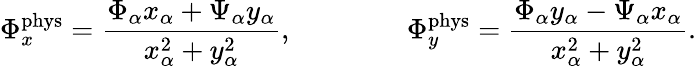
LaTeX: \Phi_{x}^{\mathrm{phys}}=\frac{\Phi_{\alpha}x_{\alpha}+\Psi_{\alpha}y_{\alpha}}{x_{\alpha}^{2}+y_{\alpha}^{2}},\qquad\qquad\Phi_{y}^{\mathrm{phys}}=\frac{\Phi_{\alpha}y_{\alpha}-\Psi_{\alpha}x_{\alpha}}{x_{\alpha}^{2}+y_{\alpha}^{2}}.